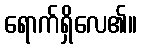
ရောက်ရှိလေ၏။